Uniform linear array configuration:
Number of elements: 64
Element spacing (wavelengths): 0.75
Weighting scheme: kaiser
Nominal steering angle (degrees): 60
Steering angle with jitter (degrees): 60.266
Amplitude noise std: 0.05
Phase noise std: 0.05

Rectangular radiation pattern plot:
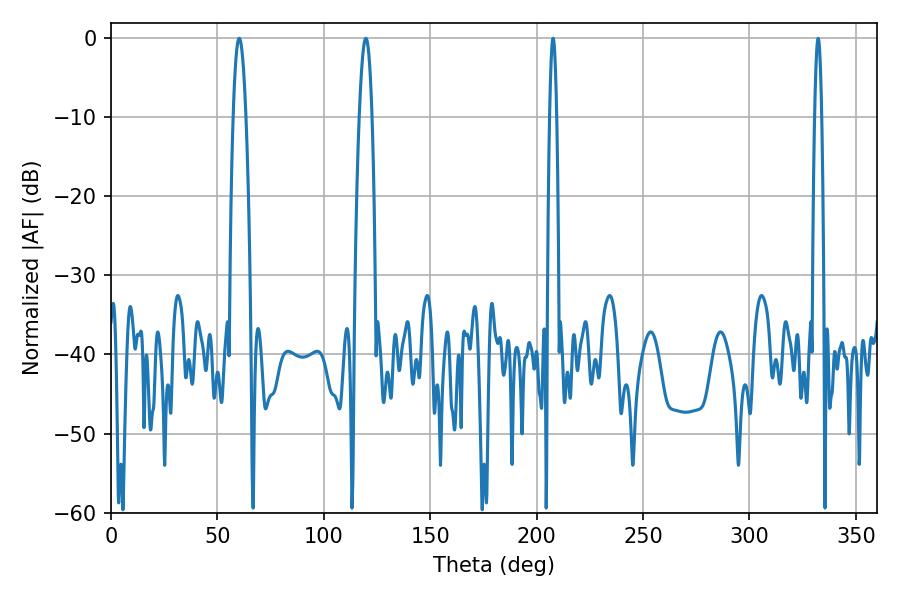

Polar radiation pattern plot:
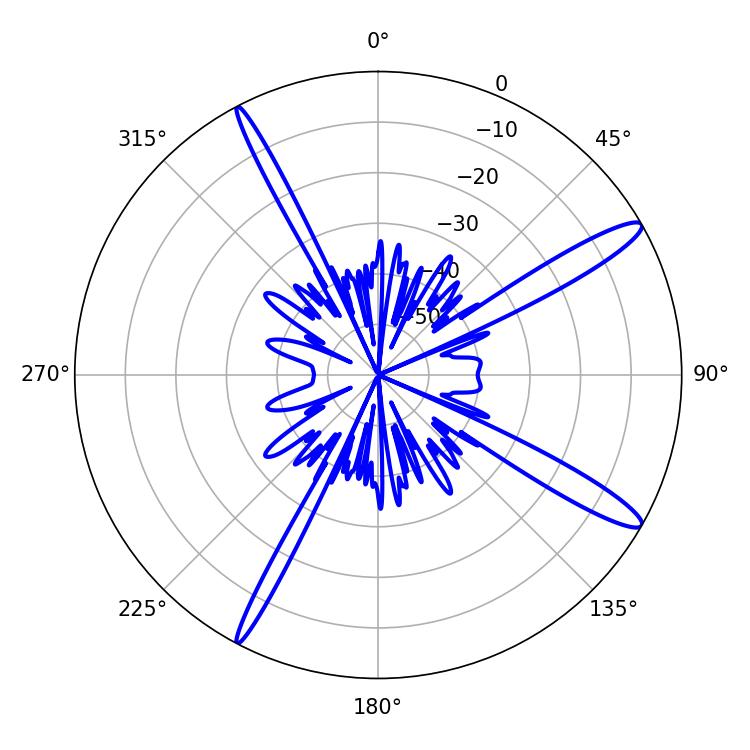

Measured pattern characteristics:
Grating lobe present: TRUE
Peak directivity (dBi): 14.192
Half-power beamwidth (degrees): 1.8
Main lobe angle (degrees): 332.28